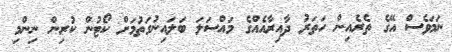
ނަމަވެސް އޭގެ ތެރެއިން ހަތަރު ދާއިރާއެއްގެ މައްސަލަ ބަލައިނުގަތުމަށް ކޯޓުން ކުރިން ނިންމި